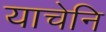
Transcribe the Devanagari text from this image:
याचेनि